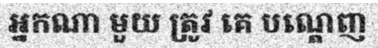
អ្នកណា មួយ ត្រូវ គេ បណ្តេញ